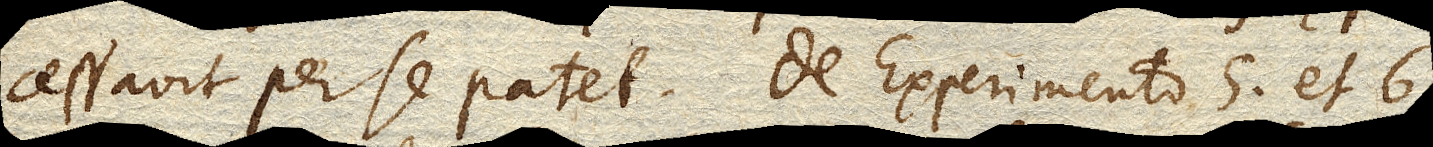
cessavit per se patet. De Experimento 5. et 6.